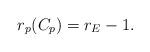
LaTeX: \begin{align*}r_p(C_p)=r_E-1.\end{align*}